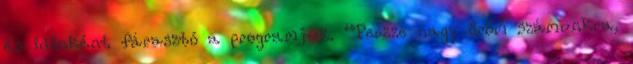
és időnként fárasztó a programjuk. “Persze nagy öröm számunkra,